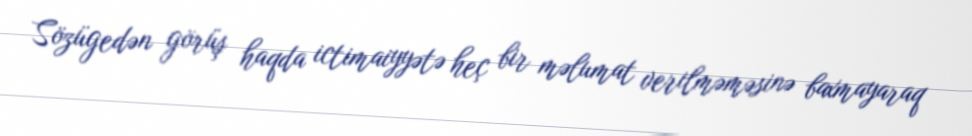
Sözügedən görüş haqda ictimaiyyətə heç bir məlumat verilməməsinə baxmayaraq